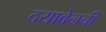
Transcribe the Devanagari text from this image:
दयाबेनची